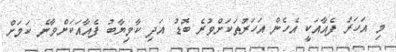
މި އަހަރު ފެއާއަކީ އެހެން އަހަރުތަކަށްވުރެ ބޮޑު އަދި ކާމިޔާބު ފެއާއަކަށްވާނެ ކަމަށް